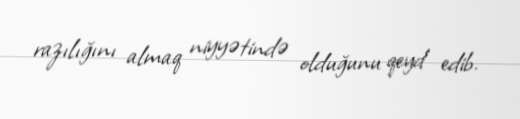
razılığını almaq niyyətində olduğunu qeyd edib.